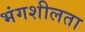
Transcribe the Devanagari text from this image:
भंगशीलता